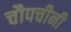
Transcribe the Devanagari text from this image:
चौपचीनी